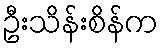
ဦးသိန်းစိန်က